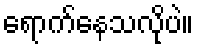
ရောက်နေသလိုပဲ။